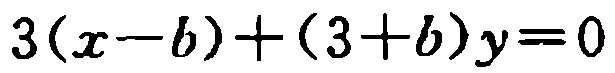
\(3(x - b)+(3 + b)y = 0\)